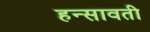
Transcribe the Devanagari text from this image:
हन्सावती